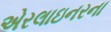
એરલાઇનરના